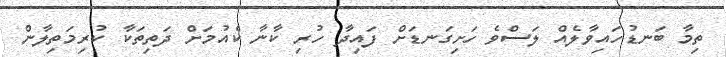
ތިމާ ބަނޑުހައިވާލެއް ލަސްވެ ހަށިގަނޑަށް ފައިދާ ހުރި ކާނާ ކެއުމަށް ދަތިތަކާ ކުރިމަތިލާން